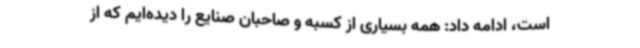
است، ادامه داد: همه بسیاری از کسبه و صاحبان صنایع را دیده‌ایم که از